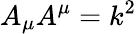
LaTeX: A_{\mu}A^{\mu}=k^{2}